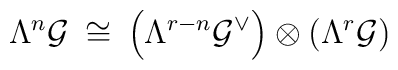
\Lambda^n {\cal G} \: \cong \: \left( \Lambda^{r-n} {\cal G}^{\vee} \right)\otimes\left( \Lambda^r {\cal G} \right)